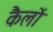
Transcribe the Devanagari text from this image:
कैलों